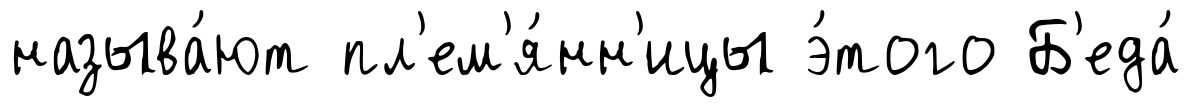
называ́ют пл'ем'я́нн'ицы э́того Б'еда́